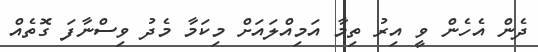
ދެން އެހެން ވީ އިރު ތިމާ އަމިއްލައަށް މިކަމާ މެދު ވިސްނާފަ ގޮތެއް